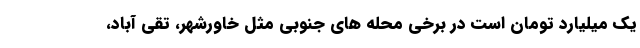
یک میلیارد تومان است در برخی محله های جنوبی مثل خاورشهر، تقی آباد،